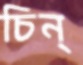
চিন্